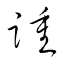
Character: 踵